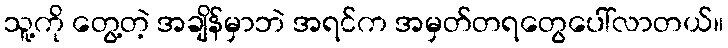
သူ့ကို တွေ့တဲ့ အချိန်မှာဘဲ အရင်က အမှတ်တရတွေပေါ်လာတယ်။